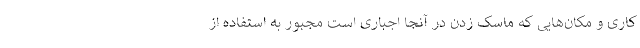
کاری و مکان‌هایی که ماسک زدن در آنجا اجباری است مجبور به استفاده از